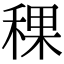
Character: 稞